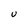
Character: U